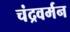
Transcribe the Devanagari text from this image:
चंद्रवर्मन